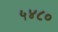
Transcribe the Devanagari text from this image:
५४८०